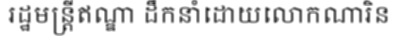
រដ្ឋមន្ត្រីឥណ្ឌា ដឹកនាំដោយលោកណារិន